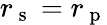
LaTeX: r_{\mathrm{~s~}}=r_{\mathrm{~p~}}